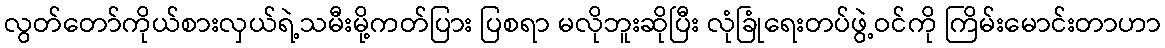
လွတ်တော်ကိုယ်စားလှယ်ရဲ့သမီးမို့ကတ်ပြား ပြစရာ မလိုဘူးဆိုပြီး လုံခြုံရေးတပ်ဖွဲ့ဝင်ကို ကြိမ်းမောင်းတာဟာ